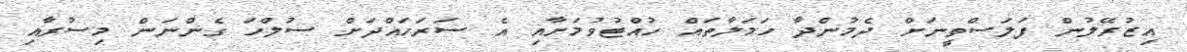
އިޒުރޭލުން ފަލަސްތީނަށް ދެމުންދާ ހަމަލާތައް ހުއްޓުވުމަށާއި އެ ސަރަހައްދަށް ސުލްހަ ގެންނަން މިސުރާއި